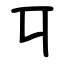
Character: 㔿